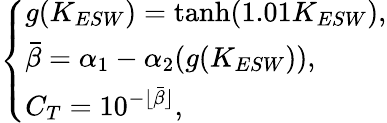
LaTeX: \left\{ \begin{array}{l}{g(K_{ESW})=\operatorname{tanh}(1.01K_{ESW}),}\\ {\bar{\beta}=\alpha_{1}-\alpha_{2}(g(K_{ESW})),}\\ {C_{T}=10^{-{\lfloor\bar{\beta}\rfloor}},}\end{array}\right.